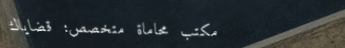
مكتب محاماة متخصص: قضاياك